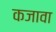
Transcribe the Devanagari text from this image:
कजावा